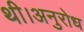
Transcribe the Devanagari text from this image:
थी।अनुरोध